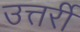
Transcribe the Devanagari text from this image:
उत्तर्री